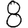
Digit: 8